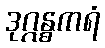
ဒုဂ္ဂန္ဓကရံ